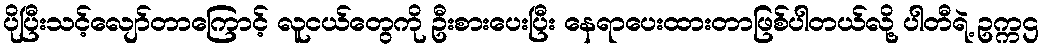
ပိုပြီးသင့်လျော်တာကြောင့် လူငယ်တွေကို ဦးစားပေးပြီး နေရာပေးထားတာဖြစ်ပါတယ်လို့ ပါတီရဲ့ ဥက္ကဌ